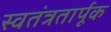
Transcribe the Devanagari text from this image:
स्वतंत्रतार्पूक